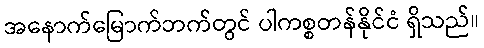
အနောက်မြောက်ဘက်တွင် ပါကစ္စတန်နိုင်ငံ ရှိသည်။